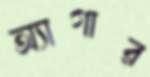
অ্যাগার